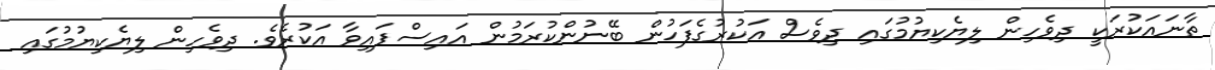
ތާނައަކުރަކީ ދިވެހިން ލިޔެކިޔުމުގައި ދިވެސް އަކުރުގެފަހުން ބޭނުންކުރަމުން އައިސްފައިވާ އަކުރެވެ. ދިވެހިން ލިޔެކިޔުމުގައި